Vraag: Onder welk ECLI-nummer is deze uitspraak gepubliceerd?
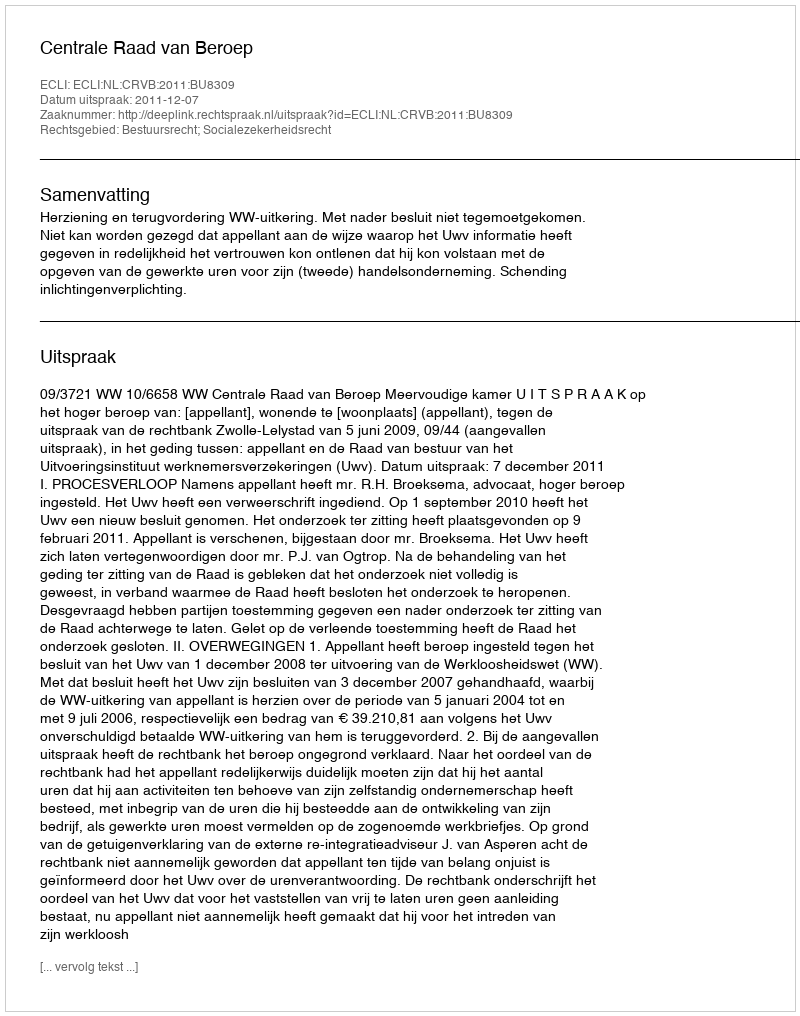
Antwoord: ECLI:NL:CRVB:2011:BU8309